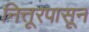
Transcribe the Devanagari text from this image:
नित्तूरपासून